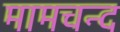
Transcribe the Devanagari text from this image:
मामचन्द